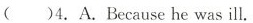
()4.A.Because he was ill.